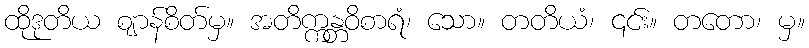
ထိုဒုတိယ ဈာန်စိတ်မှ။ အတိက္ကန္တဝိစာရံ၊ သော။ တတိယံ၊ ၎င်း။ တတော၊ မှ။